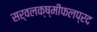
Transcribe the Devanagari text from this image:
सर्वलक्ष्मीफलप्रद